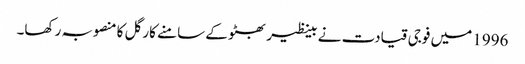
1996 میں فوجی قیادت نے بینظیر بھٹو کے سامنے کارگل کا منصوبہ رکھا۔